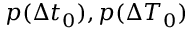
p ( \Delta t _ { 0 } ) , p ( \Delta T _ { 0 } )